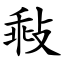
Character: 㪓